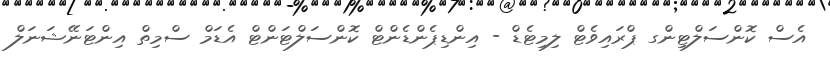
އެސް ކޮންސަލްޓިންގ ޕްރައިވެޓް ލިމިޓެޑް - އިންޑިޕެންޑެންޓް ކޮންސަލްޓަންޓް އެޑަމް ސްމިތް އިންޓަނޭޝަނަލް